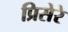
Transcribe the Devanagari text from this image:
प्रिसेरे